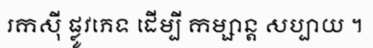
រកស៊ី ផ្លូវភេទ ដើម្បី កម្សាន្ត សប្បាយ ។